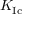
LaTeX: K _ { \mathrm { { I c } } }